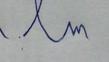
Signature authenticity: forged